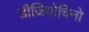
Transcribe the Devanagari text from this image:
डीजियोचिनो